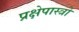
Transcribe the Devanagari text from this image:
प्रक्षेपास्त्रो